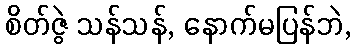
စိတ်ဇွဲ သန်သန်, နောက်မပြန်ဘဲ,